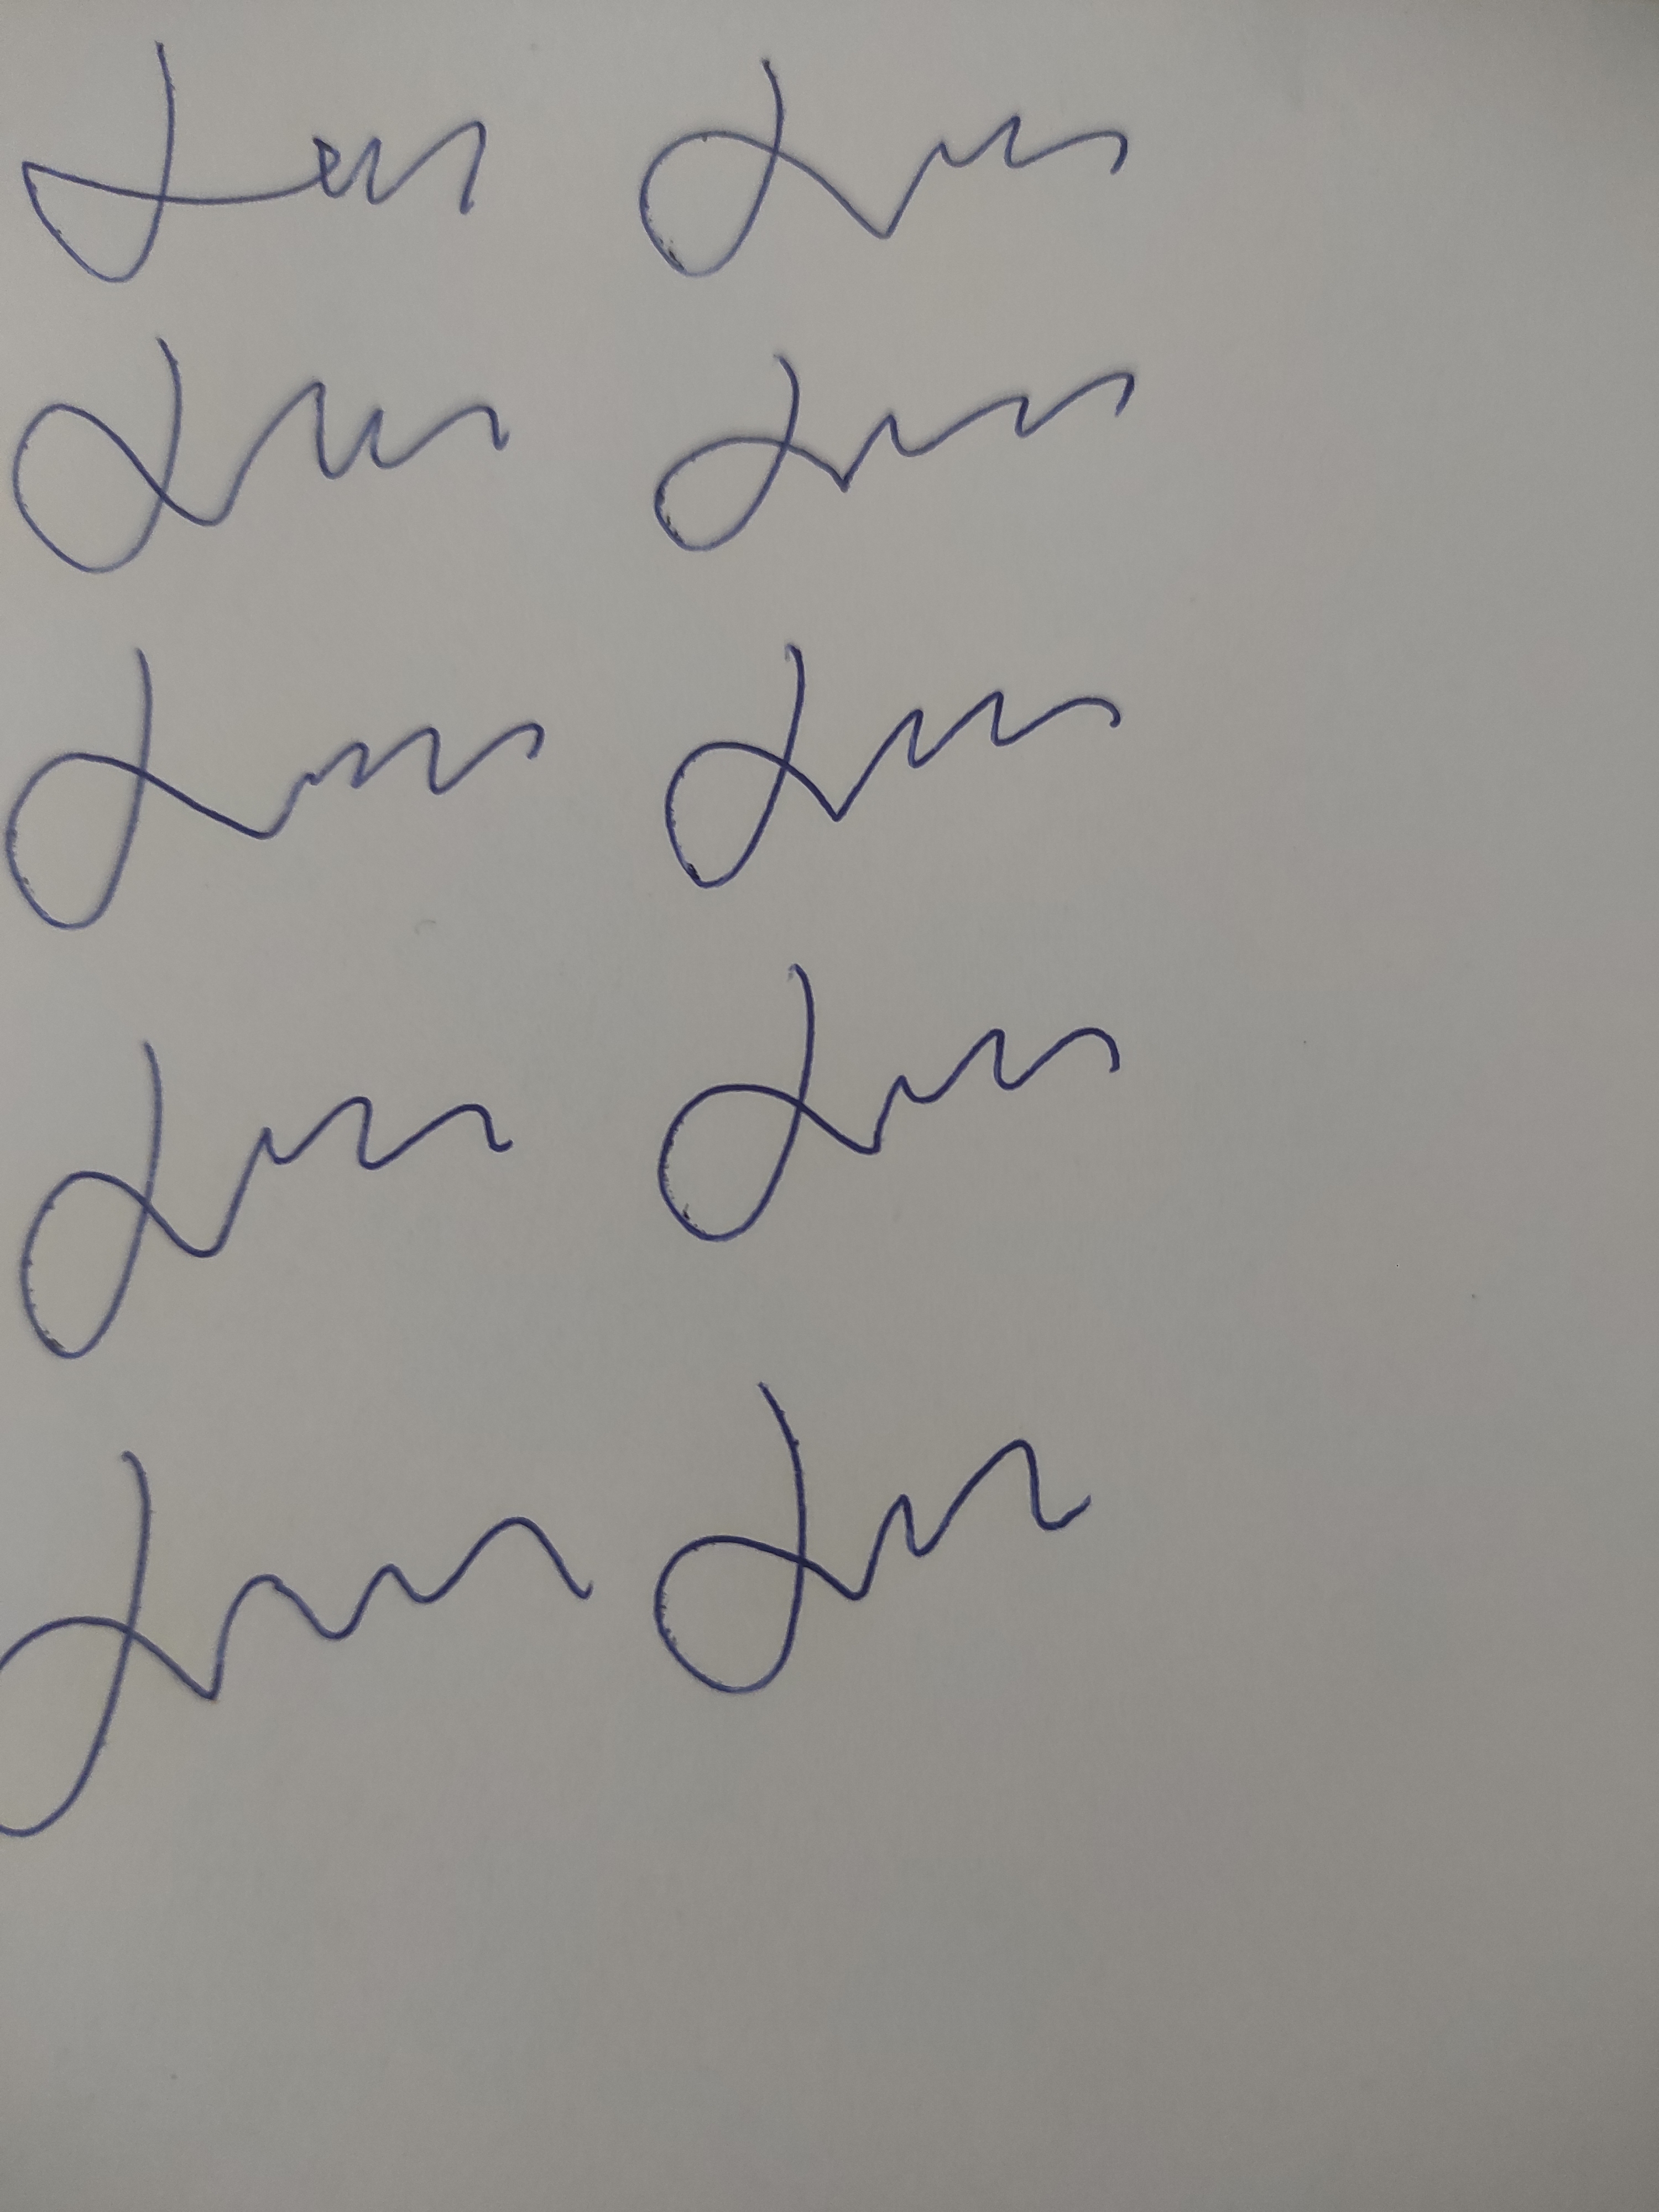
Signature authenticity: genuine